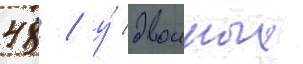
48 / у́ двоиных